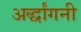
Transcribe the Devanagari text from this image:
अर्द्धांगनी